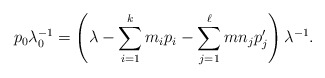
\begin{align*}p_0\lambda_0^{-1} = \left(\lambda-\sum_{i=1}^k m_ip_i -\sum_{j=1}^\ell mn_jp'_j\right)\lambda^{-1}.\end{align*}